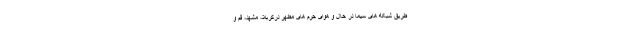
طریق شبکه های سیما در حال و هوای حرم های مطهر درکربلا، مشهد، قم و